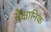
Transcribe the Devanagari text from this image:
सैक्षानिक